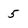
Character: 5